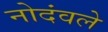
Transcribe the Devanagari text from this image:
नोदंवले